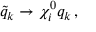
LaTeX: \tilde { q } _ { k } \rightarrow \chi _ { i } ^ { 0 } q _ { k } \, ,